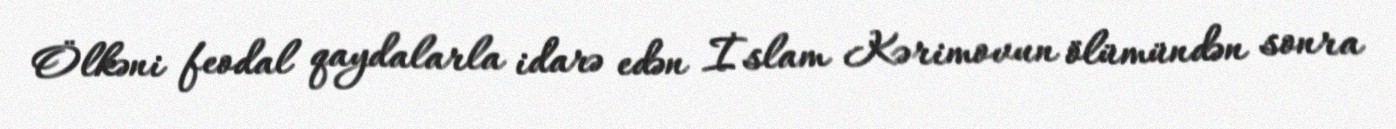
Ölkəni feodal qaydalarla idarə edən İslam Kərimovun ölümündən sonra